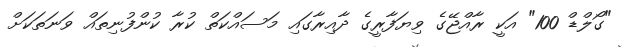
"ގޯލްޑް 100" އަކީ ރާއްޖޭގެ ވިޔަފާރީގެ ދާއިރާގައި މަސައްކަތް ކުރާ ކުންފުނިތައް ވަނަތަކަށް